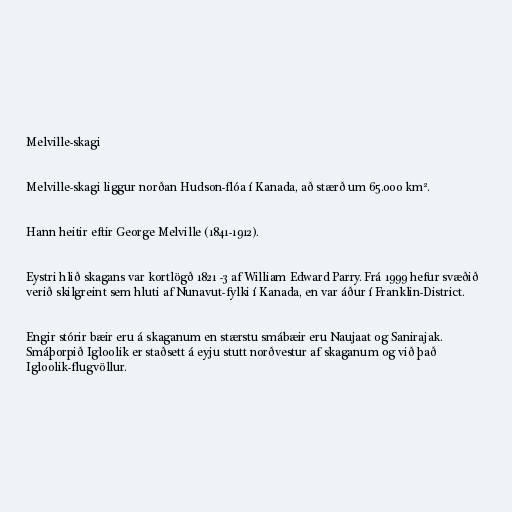
Melville-skagi

Melville-skagi liggur norðan Hudson-flóa í Kanada, að stærð um 65.000 km².

Hann heitir eftir George Melville (1841-1912).

Eystri hlið skagans var kortlögð 1821 -3 af William Edward Parry. Frá 1999 hefur svæðið
verið skilgreint sem hluti af Nunavut-fylki í Kanada, en var áður í Franklin-District.

Engir stórir bæir eru á skaganum en stærstu smábæir eru Naujaat og Sanirajak.
Smáþorpið Igloolik er staðsett á eyju stutt norðvestur af skaganum og við það
Igloolik-flugvöllur.